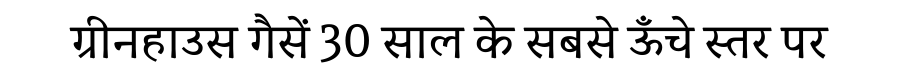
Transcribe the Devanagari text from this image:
ग्रीनहाउस गैसें 30 साल के सबसे ऊँचे स्तर पर